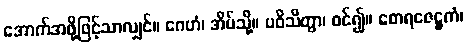
အောက်အဖို့ဖြင့်သာလျှင်။ ဂေဟံ၊ အိမ်သို့။ ပဝိသိတွာ၊ ဝင်၍။ စောရဇေဋ္ဌကံ၊